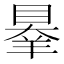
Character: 𦎝